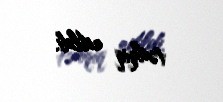
tədqiq edildi.